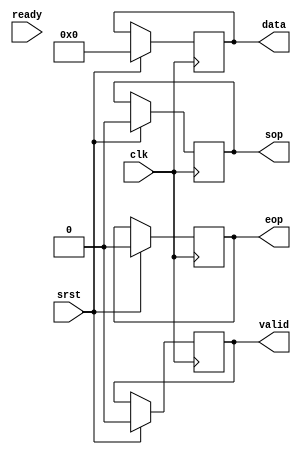
//-----------------------------------------------------------------------------
//
// Title       : Video Pattern Generator Block
// Design      : verilog
// Company     : N/A
//
//-----------------------------------------------------------------------------
//
//-----------------------------------------------------------------------------
//
// Description : video pattern generator block with sop, eop, valid, and obeys ready
//
//-----------------------------------------------------------------------------

module video_gen
  #
  (
   //image bit depth
   parameter BITS = 8,
   //image rows
   parameter ROWS = 240,
   //image columns
   parameter COLS = 320,
   //video pattern to be generated
   parameter PATTERN = 0
   )
   (
    input 		    clk, srst, ready,
    output reg [BITS - 1:0] data,
    output reg 		    sop, eop, valid
    );
   
   integer 		    rcount, ccount;
   //size of the checkerboard pattern in pixels
   localparam CHECKER_DIM = 32;
   wire 		    check_x, check_y;
   
   //to generate the checkerboard pattern we must
   //divide the image counters by the size of each checker and then look
   //at the lowest bit in both the x and y quotients.
   //these bits are xor'red together to generate the checkerboard 
   assign check_x = (ccount / CHECKER_DIM) % 2;
   assign check_y = (rcount / CHECKER_DIM) % 2;
   always @(posedge clk) begin
      //if ready is low then this block is stalled 
      if (ready) begin
	 case (PATTERN)
	   //horizontal gradient
	   0: data <= ccount;
	   //vertical gradient
	   1: data <= rcount;
	   //diagonal gradient
	   2: data <= ccount + rcount;
	   //checkerboard pattern
	   3: data <= {BITS{check_x ^ check_y}};
	 endcase
	 valid <= 1;

	 //increment over rows and columns
	 if (ccount < COLS - 1) 
	   ccount <= ccount + 1;
	 else begin
	    ccount <= 0;
	    if (rcount < ROWS - 1) 
	      rcount <= rcount + 1;
	    else
	      rcount <= 0;
	 end

	 //at the zeroth pixel assert start of packet
	 if ((rcount == 0) && (ccount == 0))
	   sop <= 1;
	 else
	   sop <= 0;

	 //at the last pixel assert end of packet
	 if ((rcount == ROWS - 1) && (ccount == COLS - 1))
	   eop <= 1;
	 else
	   eop <= 0;
      end // if (ready)
      
      //do sync resets
      if (srst)
	{sop, eop, data, valid, rcount, ccount} = 0;
   end

endmodule